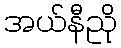
အယ်နီညို